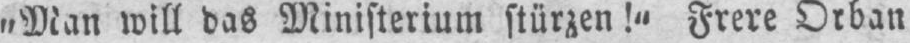
„Man will das Ministerium stürzen!“ Frere Orban